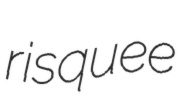
risquee